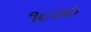
૧૮૦૦